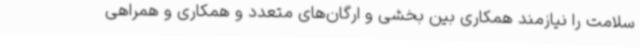
سلامت را نیازمند همکاری بین بخشی و ارگان‌های متعدد و همکاری و همراهی